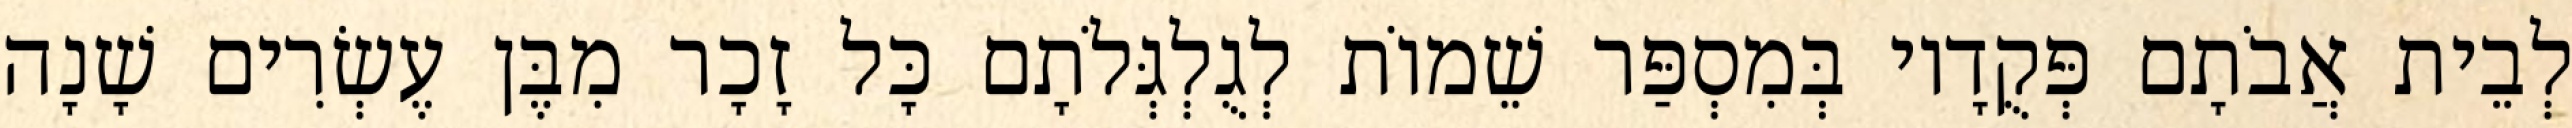
לְבֵית אֲבֹתָם פְּקֻדָיו בְּמִסְפַּר שֵׁמוֹת לְגֻלְגְּלֹתָם כָּל זָכָר מִבֶּן עֶשְׂרִים שָׁנָה